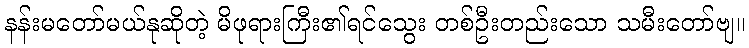
နန်းမတော်မယ်နုဆိုတဲ့ မိဖုရားကြီး၏ရင်သွေး တစ်ဦးတည်းသော သမီးတော်ဗျ။